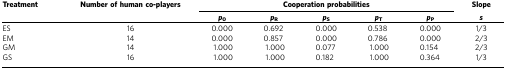
| Treatment | Number of human co-players | <COLSPAN=5> Cooperation probabilities | Slope |
 |  |  | p0 | pR | pS | pT | pP | s |
 | --- | --- | --- | --- | --- | --- | --- | --- |
 | ES | 16 | 0.000 | 0.692 | 0.000 | 0.538 | 0.000 | 1/3 |
 | EM | 14 | 0.000 | 0.857 | 0.000 | 0.786 | 0.000 | 2/3 |
 | GM | 14 | 1.000 | 1.000 | 0.077 | 1.000 | 0.154 | 2/3 |
 | GS | 16 | 1.000 | 1.000 | 0.182 | 1.000 | 0.364 | 1/3 |